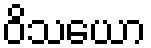
ဝိသယော